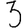
Digit: 3